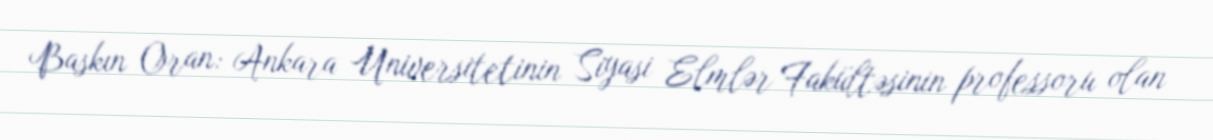
Baskın Oran: Ankara Universitetinin Siyasi Elmlər Fakültəsinin professoru olan